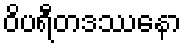
ဝိပရီတဒဿနော